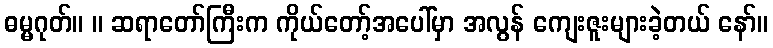
ဓမ္မဂုတ်။ ။ ဆရာတော်ကြီးက ကိုယ်တော့်အပေါ်မှာ အလွန် ကျေးဇူးများခဲ့တယ် နော်။